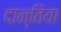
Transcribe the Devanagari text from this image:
दान्तिया